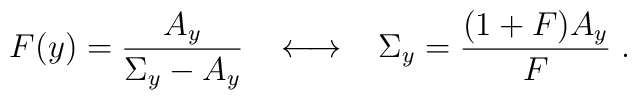
F(y) = \frac{A_y}{\Sigma_y - A_y} \; \; \; \longleftrightarrow \; \; \; \Sigma_y = \frac{(1 + F) A_y}{F} \; .